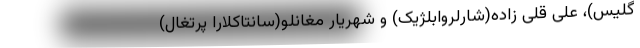
گلیس)، علی قلی زاده(شارلروابلژیک) و شهریار مغانلو(سانتاکلارا پرتغال)